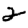
Digit: 2